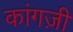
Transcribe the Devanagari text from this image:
कांगज़ी